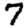
Digit: 7